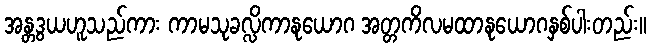
အန္တဒွယဟူသည်ကား ကာမသုခလ္လိကာနုယောဂ အတ္တကိလမထာနုယောဂနှစ်ပါးတည်း။